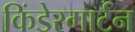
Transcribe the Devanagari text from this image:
किंडेरगार्टन